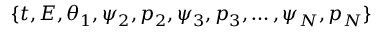
\{ t , E , \theta _ { 1 } , \psi _ { 2 } , p _ { 2 } , \psi _ { 3 } , p _ { 3 } , \hdots , \psi _ { N } , p _ { N } \}